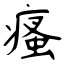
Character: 瘙